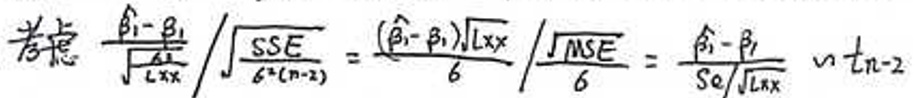
考虑\( \frac{\hat{\beta}_1 - \beta_1}{\sqrt{\frac{\sigma^2}{L_{xx}}}} \Bigg/ \sqrt{\frac{SSE}{\sigma^2(n - 2)}} = \frac{(\hat{\beta}_1 - \beta_1)\sqrt{L_{xx}}}{\sigma} \Bigg/ \frac{\sqrt{MSE}}{\sigma} = \frac{\hat{\beta}_1 - \beta_1}{S_e / \sqrt{L_{xx}}} \sim t_{n - 2}\)